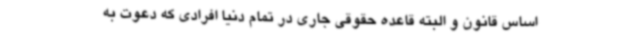
اساس قانون و البته قاعده حقوقی جاری در تمام دنیا افرادی که دعوت به